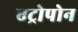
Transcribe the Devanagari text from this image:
एट्रोपोन